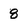
Character: 8